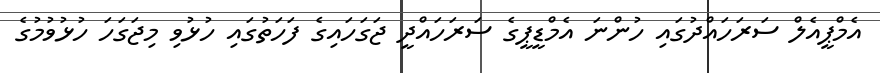
އެމްޕީއެލް ސަރަހައްދުގައި ހުންނަ އެމްޑީޕީގެ ސަރަހައްދީ ޖަގަހައިގެ ފަހަތުގައި ހުޅުވި މިޖަގަހަ ހުޅުވުމުގެ